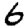
Digit: 6